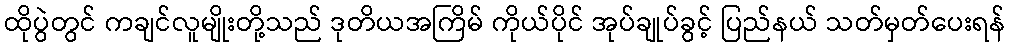
ထိုပွဲတွင် ကချင်လူမျိုးတို့သည် ဒုတိယအကြိမ် ကိုယ်ပိုင် အုပ်ချုပ်ခွင့် ပြည်နယ် သတ်မှတ်ပေးရန်